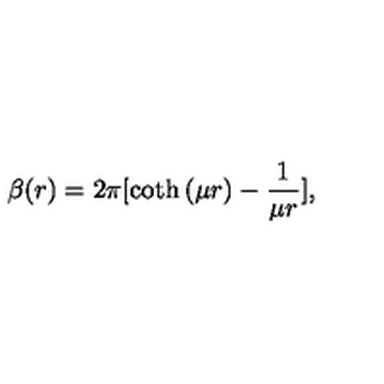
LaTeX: \beta ( r ) = { 2 \pi } [ \coth { ( \mu r ) } - \frac { 1 } { \mu r } ] ,